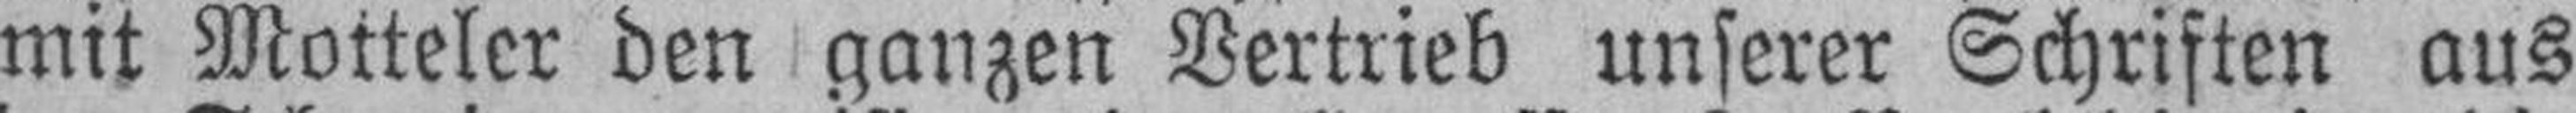
mit Motteler den ganzen Vertrieb unserer Schriften aus